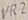
Text: VR2